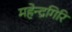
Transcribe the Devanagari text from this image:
महेन्द्रगिरि